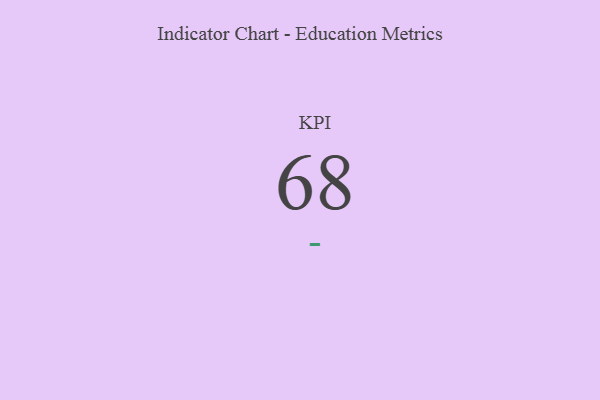
{"axis": {"x": "KPI", "y": "Value"}, "legend": [""], "data": [{"x": "KPI", "y": 68, "type": ""}]}